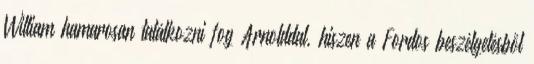
William hamarosan találkozni fog Arnolddal, hiszen a Fordos beszélgetésből